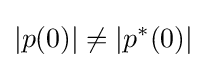
|p(0)|\neq |p^{*}(0)|